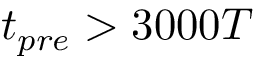
t _ { p r e } > 3 0 0 0 T